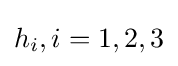
h_{i},i=1,2,3